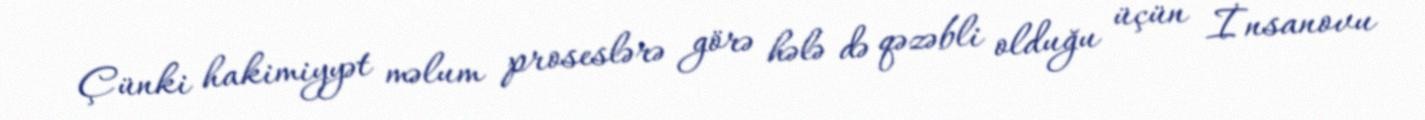
Çünki hakimiyyət məlum proseslərə görə hələ də qəzəbli olduğu üçün İnsanovu